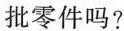
批零件吗?